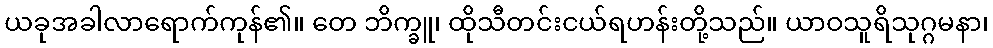
ယခုအခါလာရောက်ကုန်၏။ တေ ဘိက္ခူ၊ ထိုသီတင်းငယ်ရဟန်းတို့သည်။ ယာဝသူရိသုဂ္ဂမနာ၊